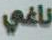
ناغي